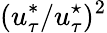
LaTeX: (u_{\tau}^{*}/u_{\tau}^{\star})^{2}